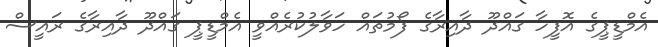
އެމްޑީޕީގެ އޮފީހާ ގައްދޫ ދާއިރާގެ ފޯމުތައް ހަވާލުކުރެއްވީ އެމްޑީޕީ ގައްދޫ ދާއިރާގެ ރައީސް